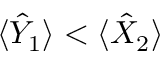
\langle \hat { Y } _ { 1 } \rangle < \langle \hat { X } _ { 2 } \rangle